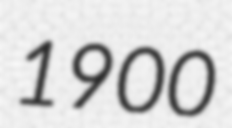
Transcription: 1900